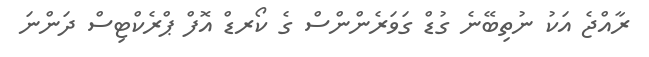
ރާއްޖެ އަކު ނުތިބޭނެ ގުޑް ގަވަރެންންސް ގެ ކޯރޑް އޮފް ޕްރެކްޓިސް ދަންނަ